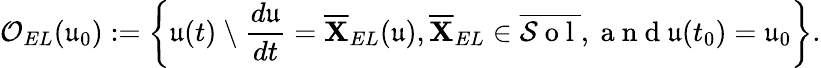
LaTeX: \mathcal{O}_{EL}(\mathfrak{u}_{0}):=\bigg\{ \mathfrak{u}(t)\ \backslash\ \frac{d\mathfrak{u}}{dt}=\overline{{\mathbf{X}}}_{EL}(\mathfrak{u}),\overline{{\mathbf{X}}}_{EL}\in\overline{{\mathcal{S}\mathrm{~o~l~}}},\mathrm{~a~n~d~}\mathfrak{u}(t_{0})=\mathfrak{u}_{0}\bigg\} .